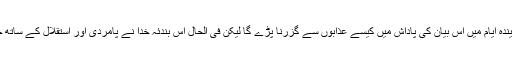
معلوم نہیں کہ ڈاکٹر ذاکر صاحب کو آیندہ ایام میں اس بیان کی پاداش میں کیسے عذابوں سے گزرنا پڑے گا لیکن فی الحال اس بندئہ خدا نے پامردی اور استقلال کے ساتھ حق، سچ اور مظلوموں کا ساتھ دیا ہے۔